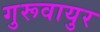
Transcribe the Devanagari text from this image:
गुरूवायुर